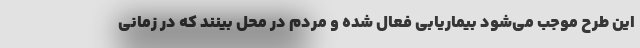
این طرح موجب می‌شود بیماریابی فعال شده و مردم در محل بینند که در زمانی